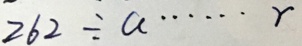
2 6 2 \div a \cdots r